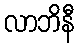
လာဘိနီ